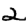
Digit: 2